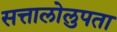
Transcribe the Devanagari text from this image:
सत्तालोलुपता